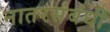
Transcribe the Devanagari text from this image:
नातरसंबंधी